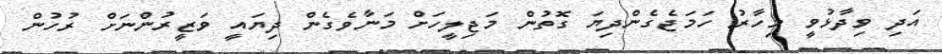
އަދި ވިދާޅުވީ މިހާރު ހަމަޖެގެންދިޔަ ގޮތުން މަޖިލީހަށް މަނާވެގެން ދިޔައީ ވަޒީރުންނަށް ރުހުން